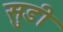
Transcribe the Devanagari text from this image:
सुडी